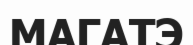
МАГАТЭ